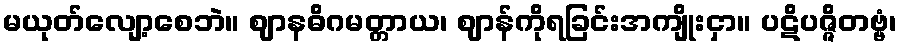
မယုတ်လျော့စေဘဲ။ ဈာနဓိဂမတ္တာယ၊ ဈာန်ကိုရခြင်းအကျိုးငှာ။ ပဋိပဇ္ဇိတဗ္ဗံ၊